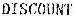
DISCOUNT